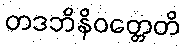
တဒဘိနိဝတ္တေတိ